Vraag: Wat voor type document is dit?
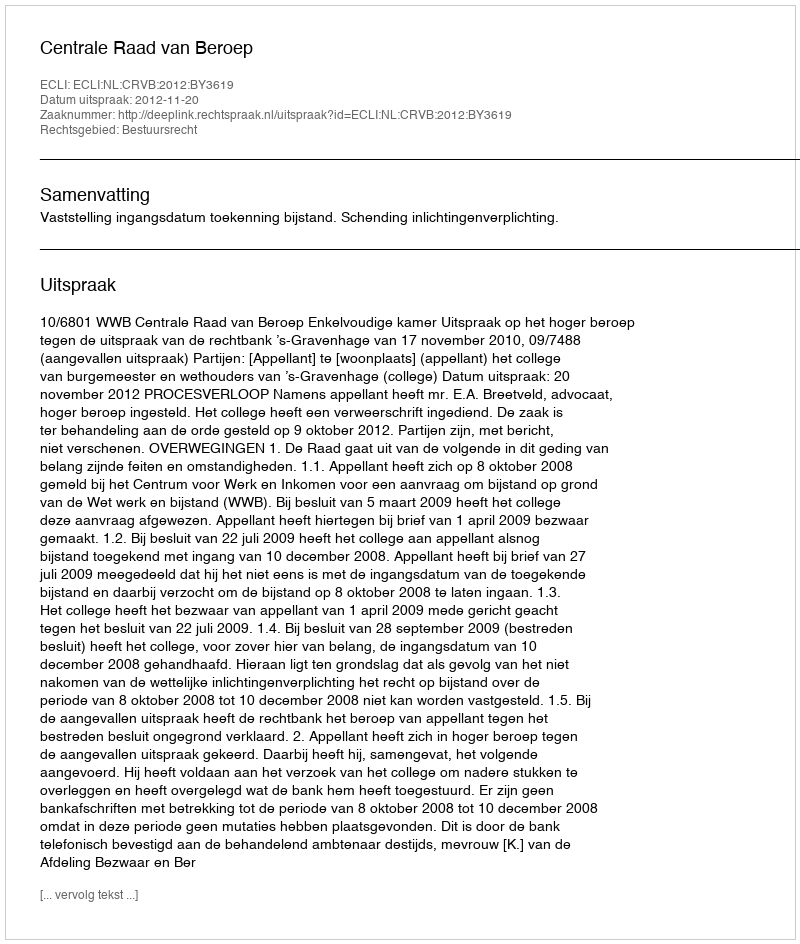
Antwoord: Uitspraak